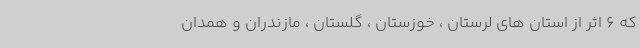
که 6 اثر از استان های لرستان ، خوزستان ، گلستان ، مازندران و همدان